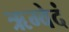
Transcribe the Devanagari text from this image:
ऋग्वेदं